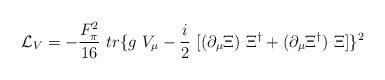
\begin{align*}{\cal{L}}_V= -\frac{F_\pi^2}{16}~tr \{g~V_\mu -\frac{i}{2}~[(\partial_\mu \Xi)~\Xi^\dag + (\partial_\mu \Xi^\dag)~\Xi]\}^2\end{align*}